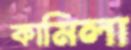
কামিলা